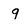
Character: q